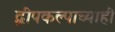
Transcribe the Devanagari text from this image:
द्वीपकल्पाच्याही